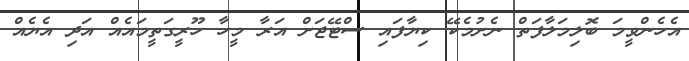
އެހެންވީމަ ބޮލިމަލާފަތް ނެށުމެކޭ ކިޔާފައި ސްޓޭޖަށް އަރާ މީހާ ހޫރީގަތީމައެއް އަދި އެޔެއް